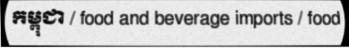
កម្ពុជា / food and beverage imports / food